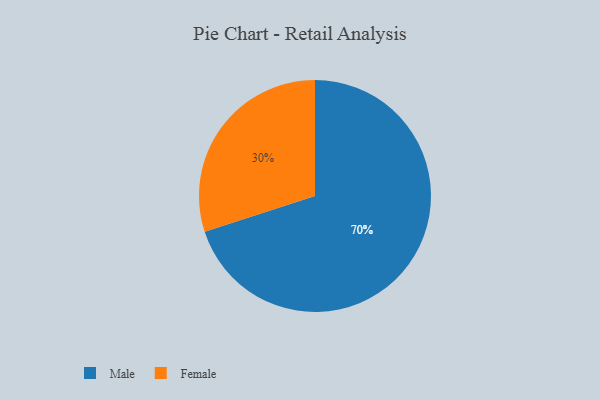
{"axis": {"x": "Category", "y": "Percentage"}, "legend": ["Female", "Male"], "data": [{"x": "Male", "y": 70, "type": "Male"}, {"x": "Female", "y": 30, "type": "Female"}]}